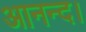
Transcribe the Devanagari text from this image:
आनन्द।